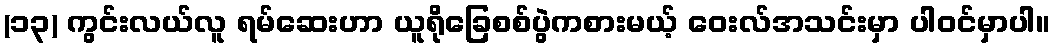
(၁၃) ကွင်းလယ်လူ ရမ်ဆေးဟာ ယူရိုခြေစစ်ပွဲကစားမယ့် ဝေးလ်အသင်းမှာ ပါဝင်မှာပါ။